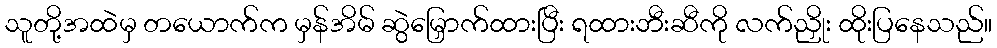
သူတို့အထဲမှ တယောက်က မှန်အိမ် ဆွဲမြှောက်ထားပြီး ရထားဘီးဆီကို လက်ညှိုး ထိုးပြနေသည်။